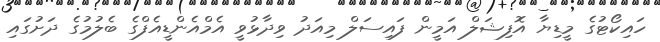
ހައިކޯޓުގެ މީޑިޔާ އޮފިޝަލް އަމީން ފައިސަލް މިއަދު ވިދާޅުވީ އެމްއެންޑީއެފްގެ ބެލުމުގެ ދަށުގައި